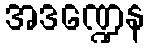
အဒဏ္ဍေန